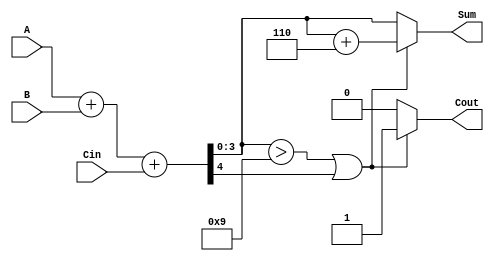
module bcd_parallel_adder (
    input  wire [3:0] A,      // First BCD digit
    input  wire [3:0] B,      // Second BCD digit
    input  wire Cin,          // Carry input
    output reg  [3:0] Sum,    // BCD result
    output reg  Cout          // Carry output
);

    wire [4:0] S;             // 5-bit result from binary addition
    wire [3:0] correction;     // Correction value (6 in BCD is 0110)

    // Perform binary addition
    assign S = A + B + Cin;

    // Define the correction value (6 in BCD)
    assign correction = 4'b0110;

    // BCD correction logic
    always @(*) begin
        if ((S[3:0] > 4'd9) || S[4]) begin
            // Apply correction
            Sum = S[3:0] + correction;
            Cout = 1'b1; // Indicate carry out
        end else begin
            Sum = S[3:0];
            Cout = 1'b0; // No carry out
        end
    end

endmodule